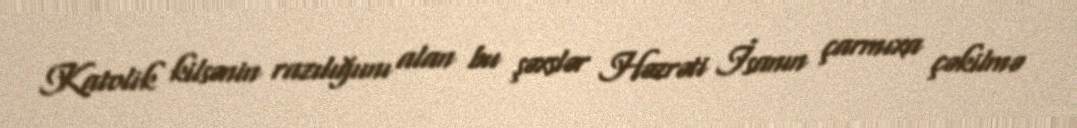
Katolik kilsənin razılığıını alan bu şəxslər Həzrəti İsanın çarmıxa çəkilmə